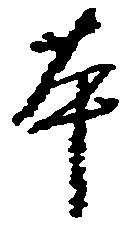
本